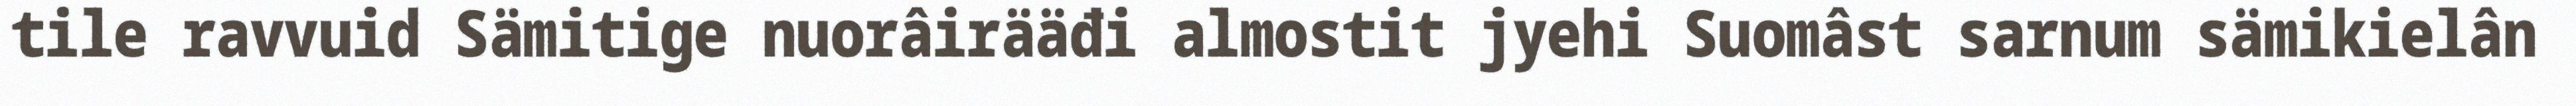
tile ravvuid Sämitige nuorâirääđi almostit jyehi Suomâst sarnum sämikielân